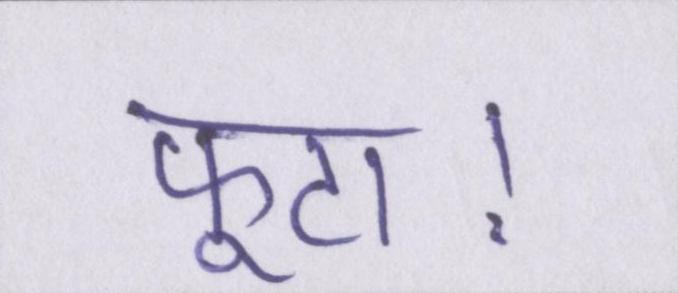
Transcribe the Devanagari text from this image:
फूटा।